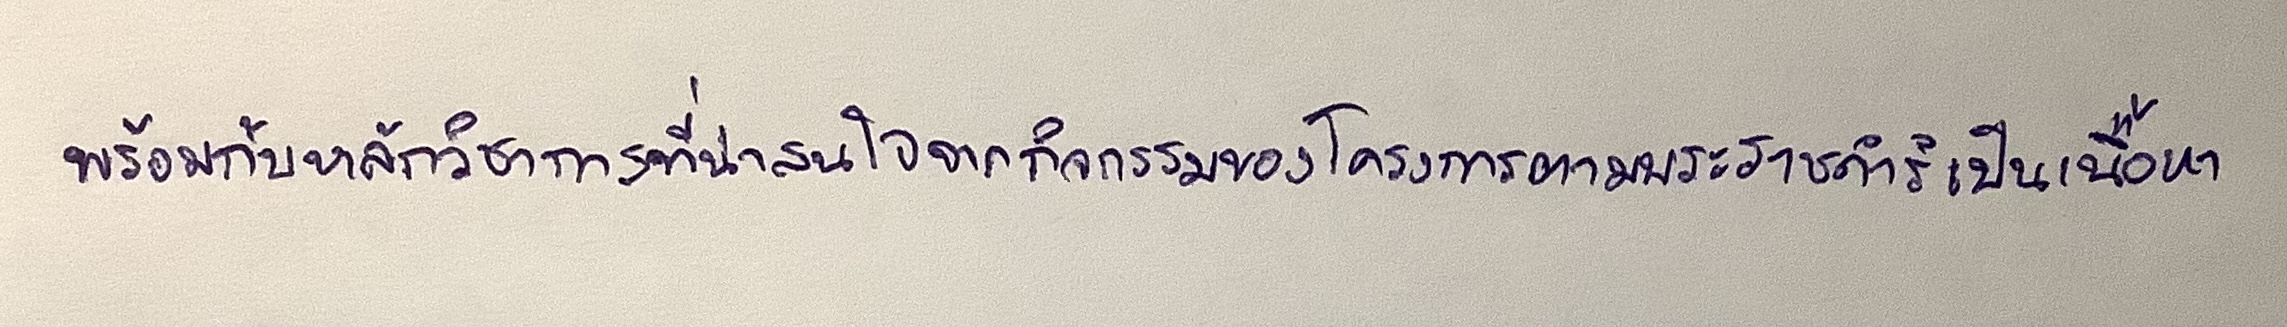
พร้อมกับหลักวิชาการที่น่าสนใจจากกิจกรรมของโครงการตามพระราชดำริเป็นเนื้อหา